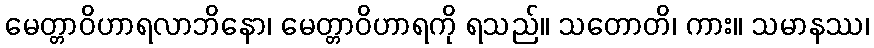
မေတ္တာဝိဟာရလာဘိနော၊ မေတ္တာဝိဟာရကို ရသည်။ သတောတိ၊ ကား။ သမာနဿ၊